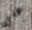
على